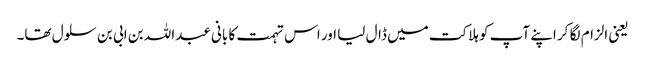
یعنی الزام لگا کر اپنے آپ کو ہلاکت میں ڈال لیا اور اس تہمت کا بانی عبداللہ بن ابی بن سلول تھا۔